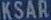
KSAR